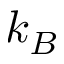
k _ { B }